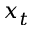
x _ { t }